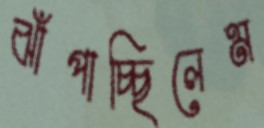
ঝাঁপাচ্ছিলেম